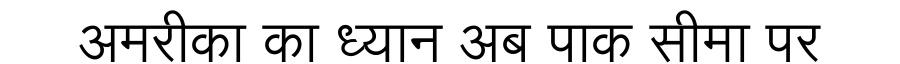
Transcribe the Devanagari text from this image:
अमरीका का ध्यान अब पाक सीमा पर